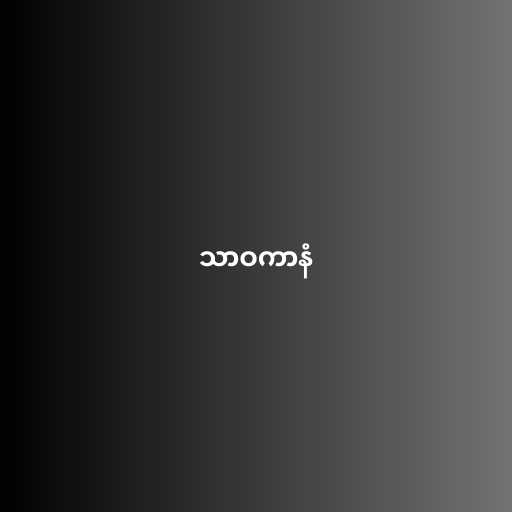
သာဝကာနံ